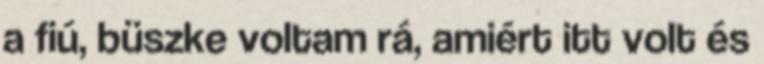
a fiú, büszke voltam rá, amiért itt volt és